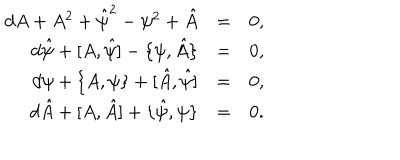
\begin{array} { r c l } { { d A + A ^ { 2 } + \hat { \psi } ^ { 2 } - \psi ^ { 2 } + \hat { A } } } & { { = } } & { { 0 , } } \\ { { d \hat { \psi } + [ A , \hat { \psi } ] - \{ \psi , \hat { A } \} } } & { { = } } & { { 0 , } } \\ { { d \psi + \{ A , \psi \} + [ \hat { A } , \hat { \psi } ] } } & { { = } } & { { 0 , } } \\ { { d \hat { A } + [ A , \hat { A } ] + \{ \hat { \psi } , \psi \} } } & { { = } } & { { 0 . } } \\ \end{array}